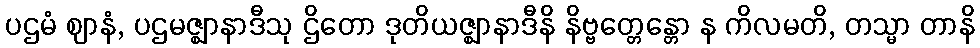
ပဌမံ ဈာနံ, ပဌမဇ္ဈာနာဒီသု ဌိတော ဒုတိယဇ္ဈာနာဒီနိ နိဗ္ဗတ္တေန္တော န ကိလမတိ, တသ္မာ တာနိ